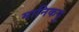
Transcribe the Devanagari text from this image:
मानिकपु